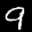
Label: 9